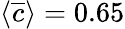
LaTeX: \langle\overline{{c}}\rangle=0.65